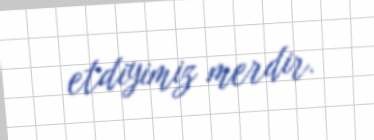
etdiyimiz merdir.